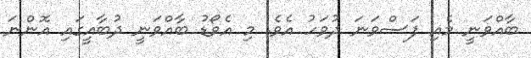
ބާއްވަނީ މެއި ފަސްވަނަ ދުވަހު އެވެ. މި އެވޯޑު ބާއްވަނީ ދުބާއީގައި އޮންނަ